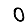
Digit: 0